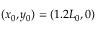
( x _ { 0 } , y _ { 0 } ) = ( 1 . 2 L _ { 0 } , 0 )